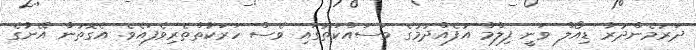
ދަރުމެންދުރާ ޑިއޯލް ވަނީ ފިލްމް އުފެއްދުމުގެ މަސައްކަތުގައި ވެސް ހަރަކާތްތެރިވެފައެވެ. އެގޮތުން އޭނާގެ